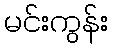
မင်းကွန်း